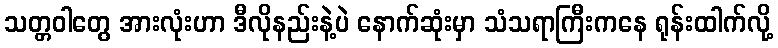
သတ္တဝါတွေ အားလုံးဟာ ဒီလိုနည်းနဲ့ပဲ နောက်ဆုံးမှာ သံသရာကြီးကနေ ရုန်းထါက်လို့